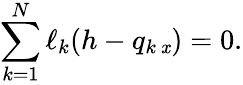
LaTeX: \sum_{k=1}^{N}\ell_{k}(h-q_{k\, \mathit{x}})=0.